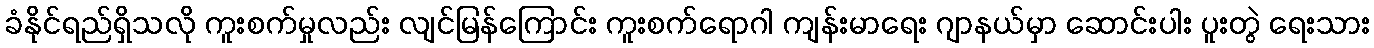
ခံနိုင်ရည်ရှိသလို ကူးစက်မှုလည်း လျင်မြန်ကြောင်း ကူးစက်ရောဂါ ကျန်းမာရေး ဂျာနယ်မှာ ဆောင်းပါး ပူးတွဲ ရေးသား